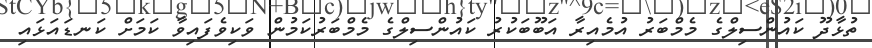
ތުޅާދޫ ކައުންސިލްގެ މެމްބަރު އުމެއިރާ އަބޫބަކުރު ކައުންސިލްގެ މެމްބަރުކަމުން ވަކިވެފައިވާ ކަމަށް ކަނޑައަޅައި